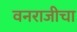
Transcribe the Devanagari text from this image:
वनराजीचा